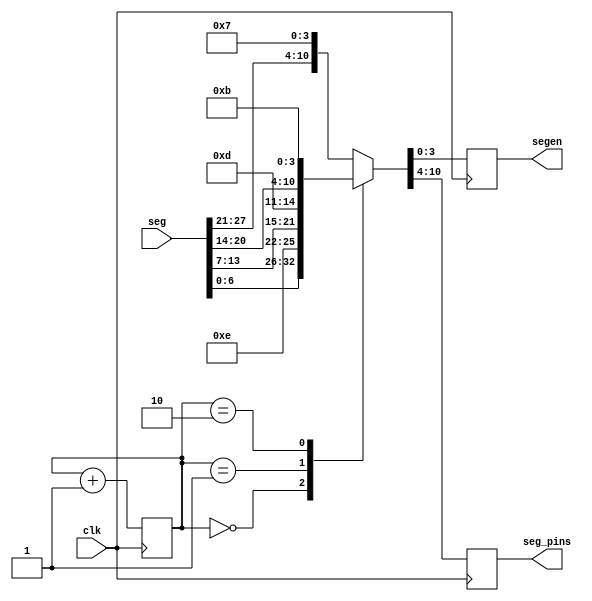
module segmgr
(
    input wire clk,
    input wire [27:0] seg,
    output reg [6:0] seg_pins,
    output reg [3:0] segen
);

reg [1:0] cnt;

initial begin
    cnt = 2'b00;
end

always @(posedge clk) begin
    case (cnt)
        2'b00   : {seg_pins, segen} <= {seg[6:0], 4'b1110};
        2'b01   : {seg_pins, segen} <= {seg[13:7], 4'b1101};
        2'b10   : {seg_pins, segen} <= {seg[20:14], 4'b1011};
        default : {seg_pins, segen} <= {seg[27:21], 4'b0111};
    endcase
    cnt <= cnt + 2'b01;
end

endmodule